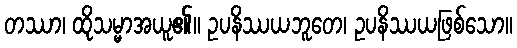
တဿာ၊ ထိုသမ္မာအယူ၏။ ဥပနိဿယဘူတေ၊ ဥပနိဿယဖြစ်သော။